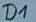
Text: D1